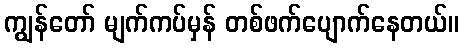
ကျွန်တော် မျက်ကပ်မှန် တစ်ဖက်ပျောက်နေတယ်။